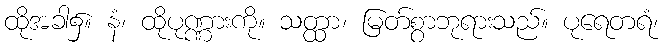
ထိုအခါ၌။ နံ၊ ထိုပုဏ္ဏားကို။ သတ္ထာ၊ မြတ်စွာဘုရားသည်။ ပုရေတရံ၊